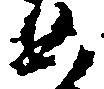
如